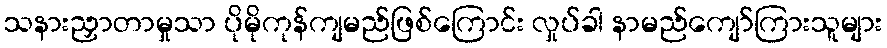
သနားညှာတာမှုသာ ပိုမိုကုန်ကျမည်ဖြစ်ကြောင်း လှုပ်ခါ နာမည်ကျော်ကြားသူများ